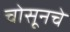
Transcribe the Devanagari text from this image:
चोसूनचे